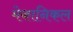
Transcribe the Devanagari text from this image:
मेकानिकल